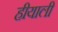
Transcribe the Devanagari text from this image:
हीयाली